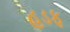
હડફ